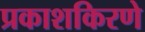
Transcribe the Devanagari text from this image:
प्रकाशकिरणे